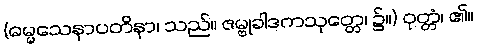
(ဓမ္မသေနာပတိနာ၊ သည်။ ဇမ္ဗုခါဒကသုတ္တေ၊ ၌။) ဝုတ္တံ၊ ၏။